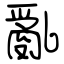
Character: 亂